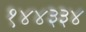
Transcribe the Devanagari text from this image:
१४४३३४